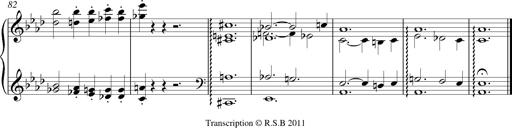
Title: LiebestrÃ¤ume
Composer: Franz Behr
Key: E-flat major